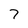
Character: 7